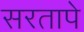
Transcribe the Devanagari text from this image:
सरतापे